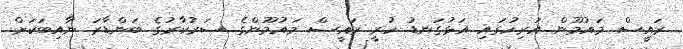
ރައީސް މައުމޫން އަރިހުގައި އަޅުގަނޑު ހުރީ ރައީސް މައުމޫންގެ ސަރުކާރުގެ ބަންޑާރަ ނާއިބަކަށް.